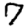
Digit: 7